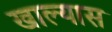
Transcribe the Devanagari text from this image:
खाल्यास